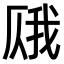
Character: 𫨎